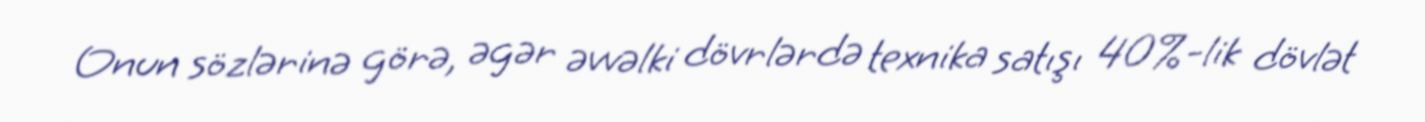
Onun sözlərinə görə, əgər əvvəlki dövrlərdə texnika satışı 40%-lik dövlət